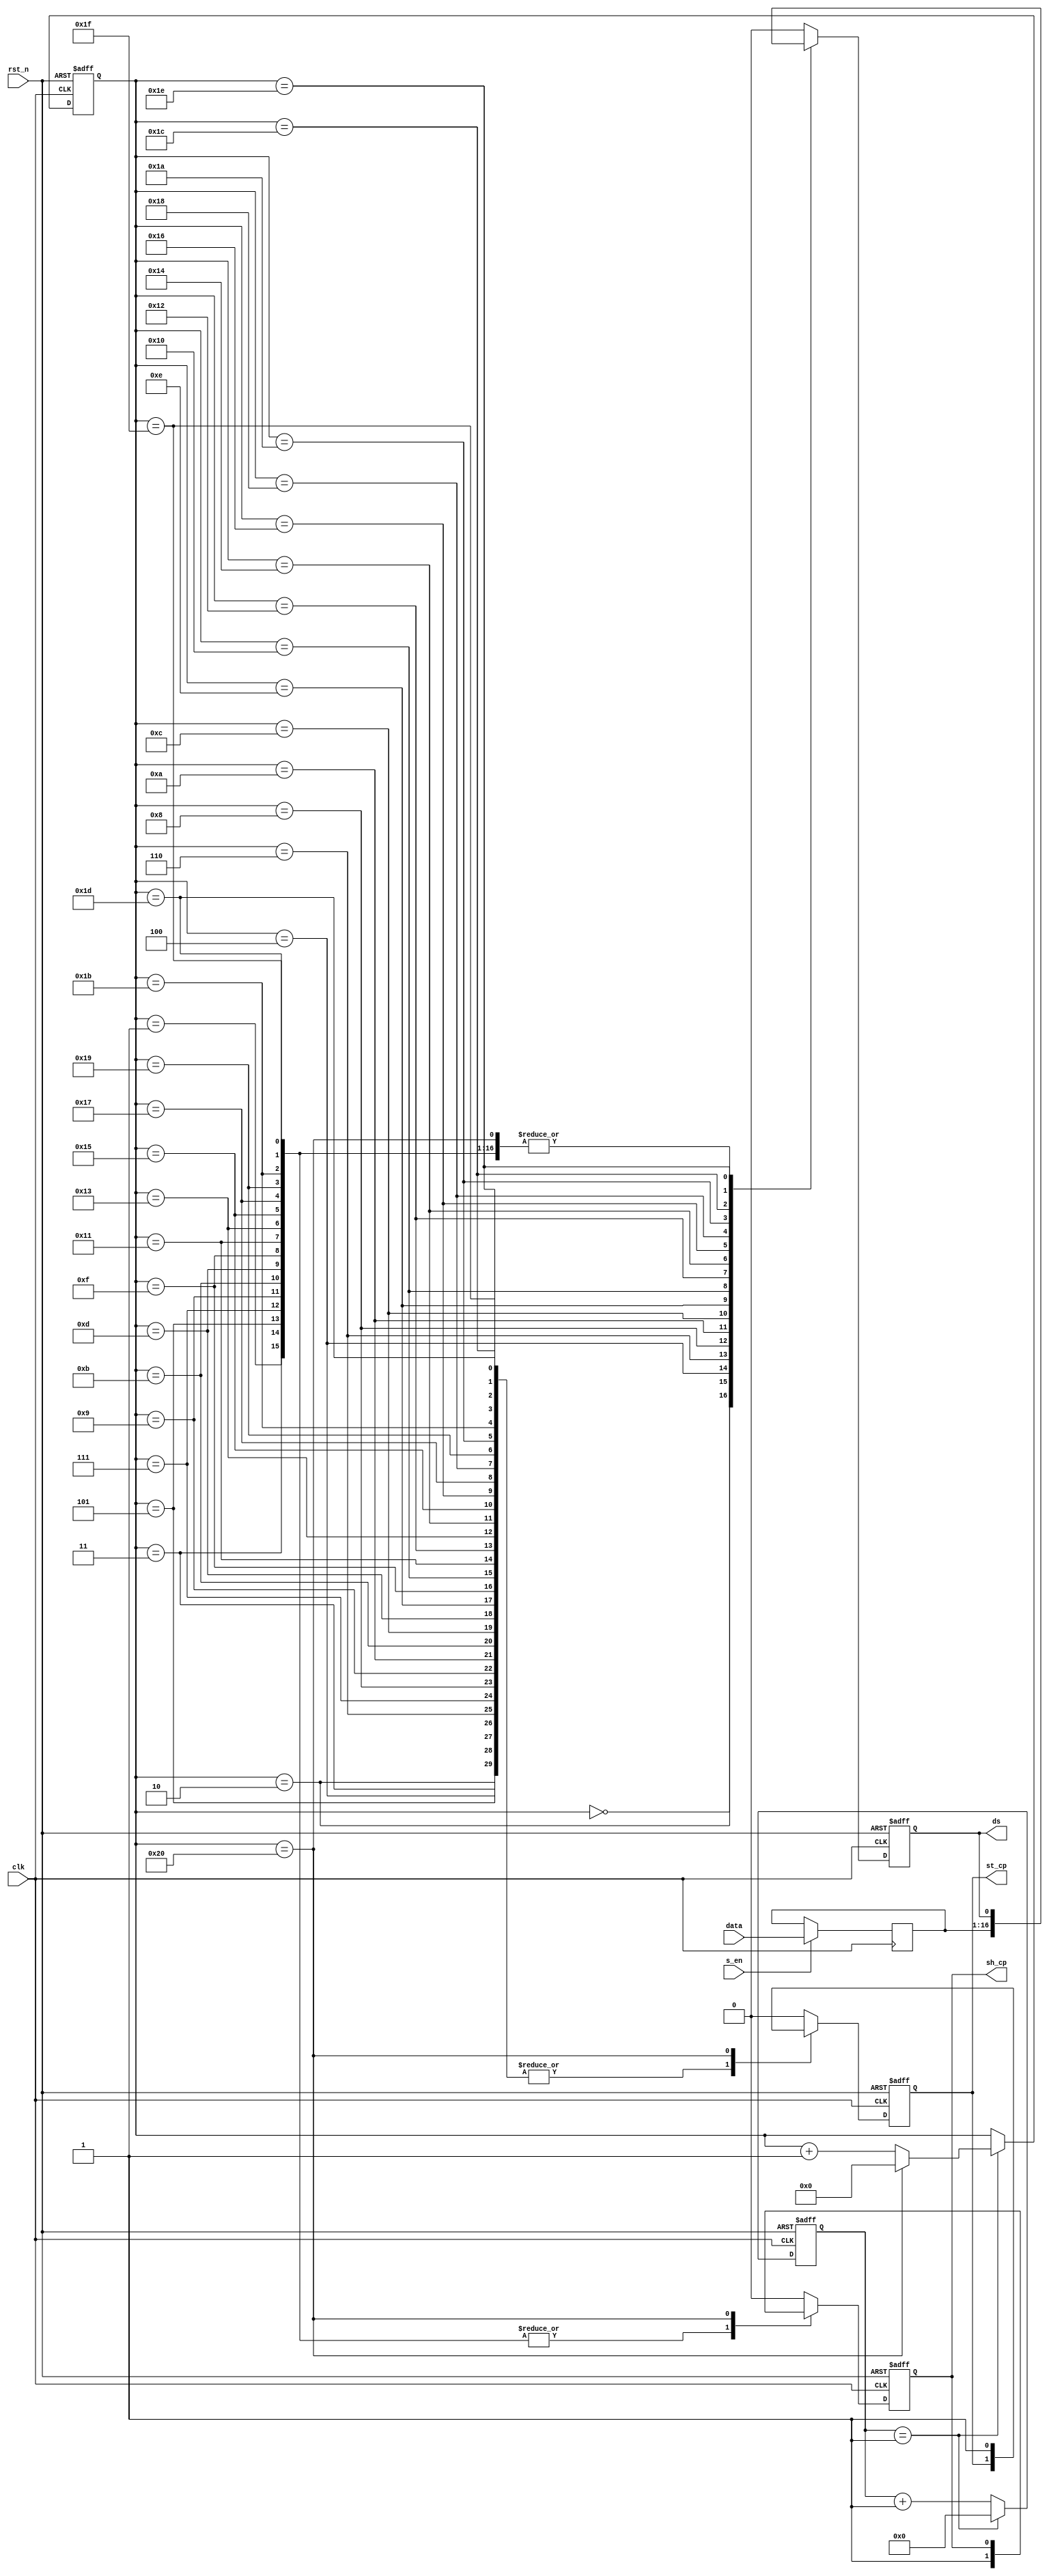
`timescale 1ns / 1ps
//****************************************VSCODE PLUG-IN**********************************//
//----------------------------------------------------------------------------------------
// IDE :                   VSCODE     
// VSCODE plug-in version: Verilog-Hdl-Format-1.9.20240413
// VSCODE plug-in author : Jiang Percy
//----------------------------------------------------------------------------------------
//****************************************Copyright (c)***********************************//
// Copyright(C)            Please Write Company name
// All rights reserved     
// File name:              
// Last modified Date:     2024/04/15 14:42:30
// Last Version:           V1.0
// Descriptions:           
//----------------------------------------------------------------------------------------
// Created date:           2024/04/15 14:42:30
// Version:                V1.0
// TEXT NAME:              HC595_dr.v
// PATH:                   C:\Users\Administrator\Desktop\SORCE\verilog\stu\hc595\led\HC595_dr.v
// Descriptions:           
//                         
//----------------------------------------------------------------------------------------
//****************************************************************************************//

module HC595_dr(
    input  wire                         clk                        ,
    input  wire                         rst_n                      ,
    input  wire             [  15: 0]    data                        ,
    input  wire                         s_en                       ,

    output reg                         sh_cp                      ,
    output reg                         st_cp                      ,
    output reg                         ds                          
);

parameter CNT_MAX = 2; //CNT_MAX

reg [15:0]r_data;       //

always@(posedge clk)
    if(s_en)
        r_data <= data;


reg [7:0]divider_cnt;//;
always@(posedge clk or negedge rst_n)
    if(!rst_n)
        divider_cnt <= 0;
    else if(divider_cnt == CNT_MAX - 1'b1)
        divider_cnt <= 0;
    else
        divider_cnt <= divider_cnt + 1'b1;

wire sck_plus;
assign sck_plus = (divider_cnt == CNT_MAX - 1'b1);

reg [5:0]SHCP_EDGE_CNT;
always@(posedge clk or negedge rst_n)
    if(!rst_n)
        SHCP_EDGE_CNT <= 0;
    else if(sck_plus)begin
        if(SHCP_EDGE_CNT == 6'd32)
            SHCP_EDGE_CNT <= 0;
        else
            SHCP_EDGE_CNT <= SHCP_EDGE_CNT + 1'b1;
    end
    else
        SHCP_EDGE_CNT <= SHCP_EDGE_CNT;

always@(posedge clk or negedge rst_n)
    if(!rst_n)begin
        st_cp <= 1'b0;
        ds <= 1'b0;
        sh_cp <= 1'd0;
    end
    else begin
        case(SHCP_EDGE_CNT)
            0: begin sh_cp <= 0; st_cp <= 1'd0;ds <= r_data[15];end
            1: begin sh_cp <= 1; st_cp <= 1'd0;end
            2: begin sh_cp <= 0; ds <= r_data[14];end
            3: begin sh_cp <= 1; end
            4: begin sh_cp <= 0; ds <= r_data[13];end
            5: begin sh_cp <= 1; end
            6: begin sh_cp <= 0; ds <= r_data[12];end
            7: begin sh_cp <= 1; end
            8: begin sh_cp <= 0; ds <= r_data[11];end
            9: begin sh_cp <= 1; end
            10: begin sh_cp <= 0; ds <= r_data[10];end
            11: begin sh_cp <= 1; end
            12: begin sh_cp <= 0; ds <= r_data[9];end
            13: begin sh_cp <= 1; end
            14: begin sh_cp <= 0; ds <= r_data[8];end
            15: begin sh_cp <= 1; end
            16: begin sh_cp <= 0; ds <= r_data[7];end
            17: begin sh_cp <= 1; end
            18: begin sh_cp <= 0; ds <= r_data[6];end
            19: begin sh_cp <= 1; end
            20: begin sh_cp <= 0; ds <= r_data[5];end
            21: begin sh_cp <= 1; end
            22: begin sh_cp <= 0; ds <= r_data[4];end
            23: begin sh_cp <= 1; end
            24: begin sh_cp <= 0; ds <= r_data[3];end
            25: begin sh_cp <= 1; end
            26: begin sh_cp <= 0; ds <= r_data[2];end
            27: begin sh_cp <= 1; end
            28: begin sh_cp <= 0; ds <= r_data[1];end
            29: begin sh_cp <= 1; end
            30: begin sh_cp <= 0; ds <= r_data[0];end
            31: begin sh_cp <= 1; end
            32: st_cp <= 1'd1;
            default:
                begin
                    st_cp <= 1'b0;
                    ds <= 1'b0;
                    sh_cp <= 1'd0;
                end
        endcase
    end

endmodule